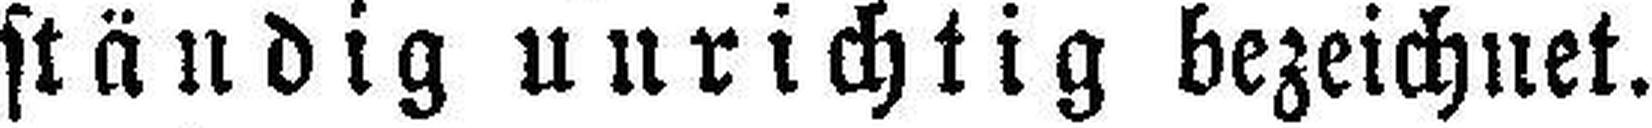
ständig unrichtig bezeichnet.